Annual administration and progress report of the Indian Medical Department, Bombay
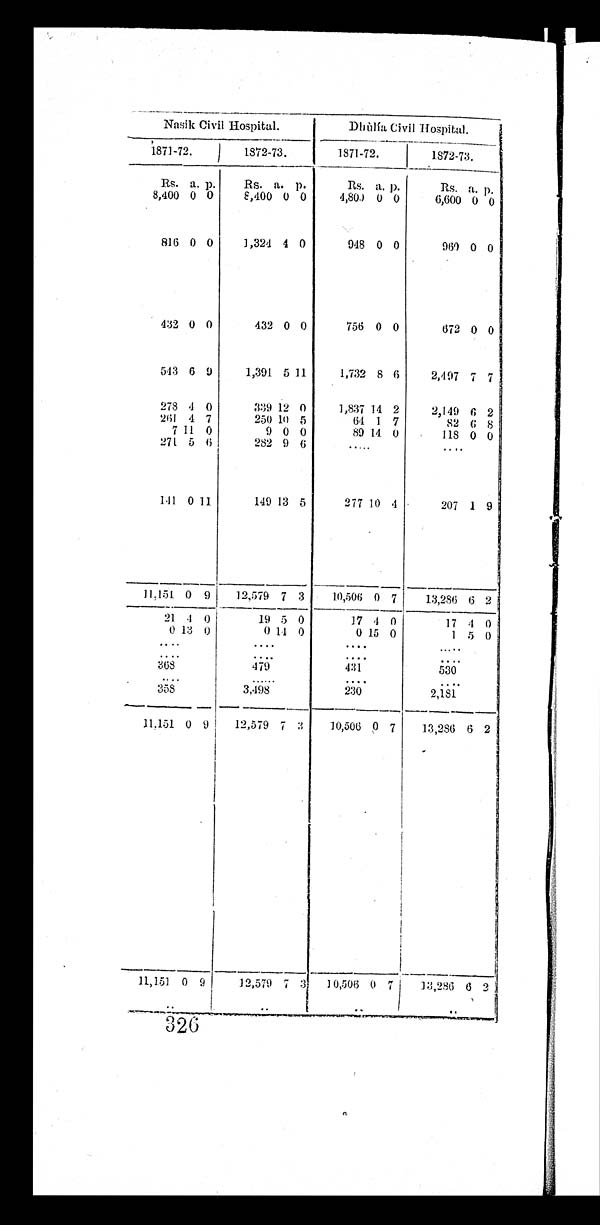
Nasik Civil Hospital.
Dhùlía Civil Hospital.
1871-72.
1872-73.
1871-72.
1872-73.
Rs. a. p.
Rs. a. p.
Rs. a. p.
Rs. a. p.
8,400 0 0
8,400 0 0
4,800 0 0
6,600 0 0
816 0 0
1,324 4 0
948 0 0
969 0 0
432 0 0
432 0 0
756 0 0
672 0 0
543 6 9
1,391 5 11
1,732 8 6
2,497 7
7
278 4 0
339 12 0
1,837 14 2
2,149 6 2
261 4 7
250 10 5
64 1 7
82 6 8
7 11
0
9 0
0
89 14 0
118 0 0
271 5
6
282 9 6
. . .
. . .
141 0 11
149 13 5
277 10 4
207 1 9
11,151 0 9
12,579 7 3
10,506 0 7
13,286 6 2
21 4 0
19 5 0
17 4 0
17
4 0
0 13 0
0 14 0
0 15 0
1 5 0
. . .
. . .
. . .
. . .
. . .
. . .
. . .
. . .
3 6 8
479
431
530
. . .
. . .
. . .
. . .
358
3,498
230
2,181
11,151 0 9
12,579 7
3
10,506 0 7
13,286 6 2
11,151 . . . 0 . . . 9 . . .
12,579 . . . 7 . . . 3 . . .
10,506 . . . 0 . . . 7 . . . 13,286 . . .
6 . . . 2 . . .
326